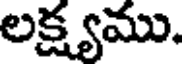
లక్ష్యము.